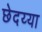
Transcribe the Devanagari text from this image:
छेदय्या